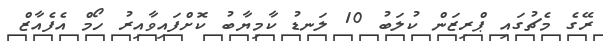
ރޭގެ މެޗުގައި ޕްރިޒަން ކުލަބު 10 ލަނޑު ކާމިޔާބު ކޮށްފައިވާއިރު ހޯމް އެފެއާޒް